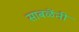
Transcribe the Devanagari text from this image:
साबळेंनी